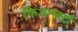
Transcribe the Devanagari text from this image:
फिआम्बर्टी